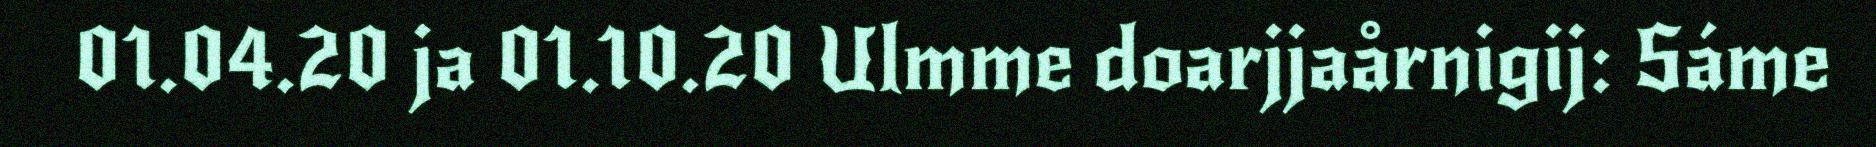
01.04.20 ja 01.10.20 Ulmme doarjjaårnigij: Sáme